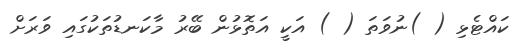
ކައްޓެޅި ( )ނުވަތަ ( ) އަކީ އަތޮޅުން ބޭރު މާކަނޑުތަކުގައި ވަރަށް